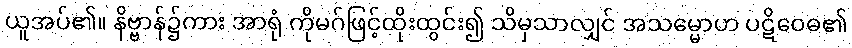
ယူအပ်၏။ နိဗ္ဗာန်၌ကား အာရုံ ကိုမဂ်ဖြင့်ထိုးထွင်း၍ သိမှသာလျှင် အသမ္မောဟ ပဋိဝေဓ၏